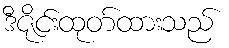
ဒီဇိုင်းထုတ်ထားသည်